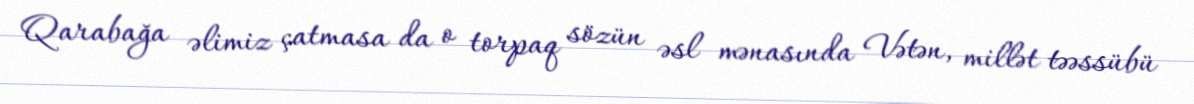
Qarabağa əlimiz çatmasa da o torpaq sözün əsl mənasında Vətən, millət təəssübü